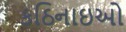
કઠિનાઇઓ